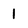
Character: 1